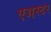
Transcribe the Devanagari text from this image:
एअस्टर